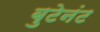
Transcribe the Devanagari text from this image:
बुटेनंट